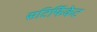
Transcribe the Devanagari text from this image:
सटिर्फिकेट